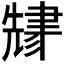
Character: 𬚬